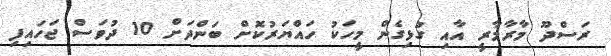
ރަސްދޫ މާރާމާރީ އާއި ގުޅިގެން މީހަކު ހައްޔަރުކޮށް ބަންދަށް 10 ދުވަސް ޖަހައިފި